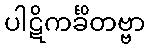
ပါဋိကင်္ခိတဗ္ဗာ